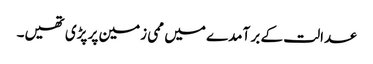
عدالت کے بر آمدے میں ممی زمین پر پڑی تھیں۔